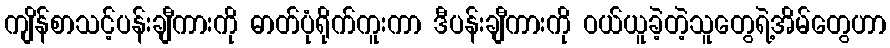
ကျိန်စာသင့်ပန်းချီကားကို ဓာတ်ပုံရိုက်ကူးကာ ဒီပန်းချီကားကို ဝယ်ယူခဲ့တဲ့သူတွေရဲ့အိမ်တွေဟာ